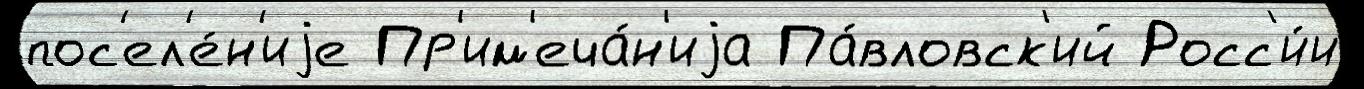
пос'ел'е́н'иjе Пр'им'еча́н'иjа Па́вловск'ий Росс'и́и